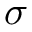
\boldsymbol { \sigma }